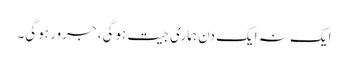
ایک نہ ایک دن ہماری جیت ہوگی، جرور ہوگی۔